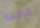
الرابعة